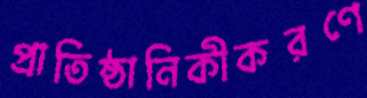
প্রাতিষ্ঠানিকীকরণে